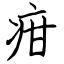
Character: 疳